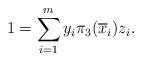
LaTeX: \begin{align*}1=\sum_{i=1}^m y_i\pi_{3}(\overline x_i)z_i.\end{align*}